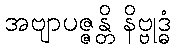
အဗျာပဇ္ဇန္တိ နိဗ္ဗုဒ္ဓံ